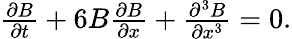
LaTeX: \begin{array}{r}{\frac{\partial B}{\partial t}+6B\frac{\partial B}{\partial x}+\frac{\partial^{3}B}{\partial x^{3}}=0.}\end{array}